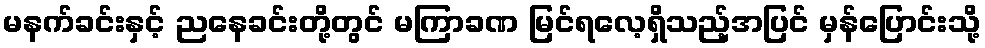
မနက်ခင်းနှင့် ညနေခင်းတို့တွင် မကြာခဏ မြင်ရလေ့ရှိသည့်အပြင် မှန်ပြောင်းသို့